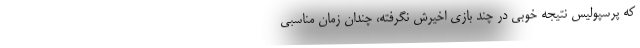
که پرسپولیس نتیجه خوبی در چند بازی اخیرش نگرفته، چندان زمان مناسبی